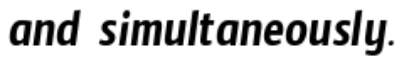
and simultaneously.